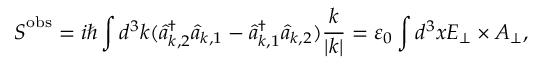
{ \boldsymbol { S } } ^ { \mathrm { { o b s } } } = i \hbar \int d ^ { 3 } k ( { \hat { a } } _ { { \boldsymbol { k } } , 2 } ^ { \dagger } { \hat { a } } _ { { \boldsymbol { k } } , 1 } - { \hat { a } } _ { { \boldsymbol { k } } , 1 } ^ { \dagger } { \hat { a } } _ { { \boldsymbol { k } } , 2 } ) { \frac { \boldsymbol { k } } { | { \boldsymbol { k } } | } } = \varepsilon _ { 0 } \int d ^ { 3 } x { \boldsymbol { E } } _ { \perp } \times { \boldsymbol { A } } _ { \perp } ,